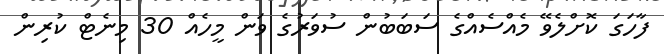
ފާހަގަ ކޮށްލެވޭ މެއްސެއްގެ ސަބަބުން ސުވަރުގެ ވަން މީހެއް 30 މިނެޓް ކުރިން